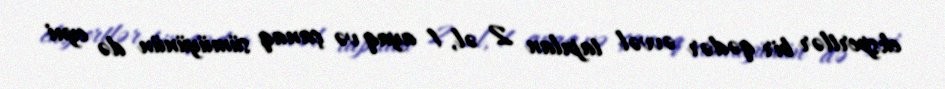
ekspertlər bir qədər əvvəl tapılan 2 əl, 1 ayaq və çanaq sümüyünün də eyni